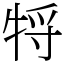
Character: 㸹